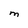
Character: M